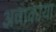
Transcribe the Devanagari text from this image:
अवाकाया